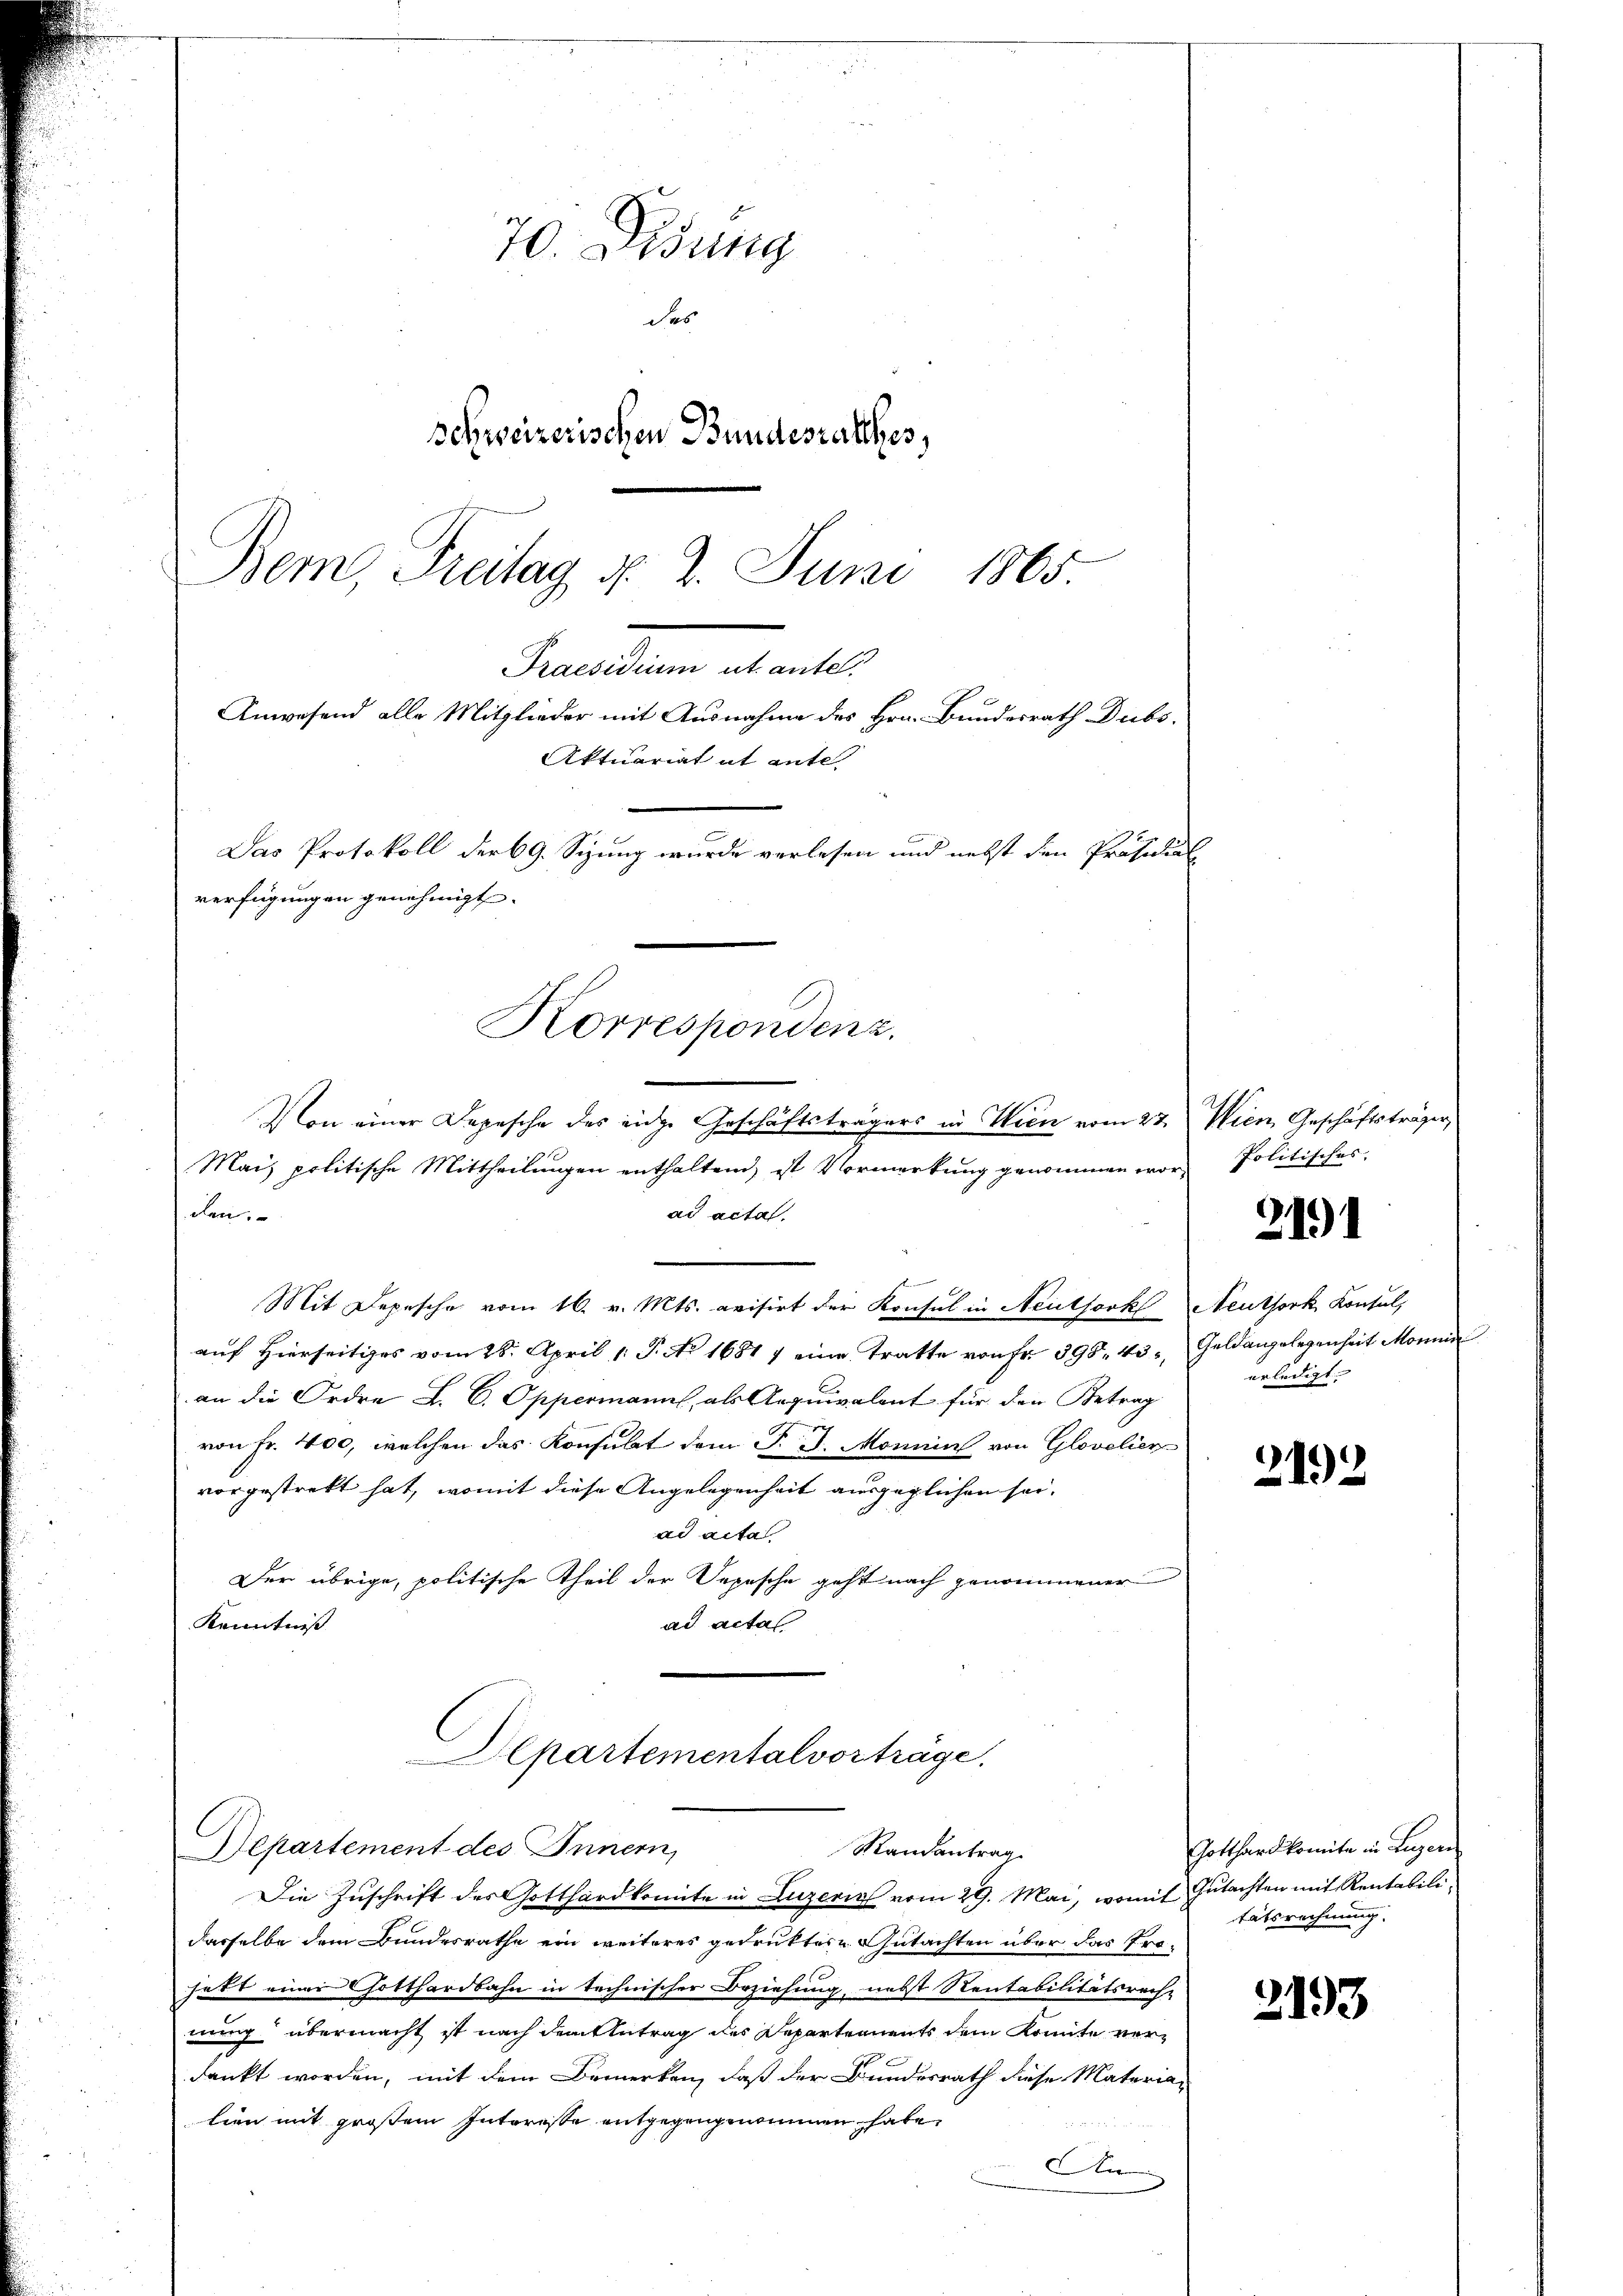
70. Disung
des
schweizerischen Bundesrathes,
Bem, Freitag d. 2. Juni 1865

Prenten ebene
Anwesend alle Mitglieder mit Ausnahme des Hrn. Bundesrath Dubs,
Jas Protokoll der 69. Sizung wurde verlesen und nebst den Präsidial
verfügungen genehmigt.
Korrespondenz.
Von einer Depesche des eidge Geschäftsträgers in Wien vom 27. Wien Geschäftsträger,

Aktuariat ab ante

Mais politische Mittheilungen enthaltend, ist Vormerkung genommen vor, Politisches
ad acta.
den.
Mit Depesche vom 16. v. Mts. evisirt der Konsul in Neutfork Neuthork, Konsul,
auf Hierseitiges vom 28. April 1. P. No 1681 7 eine Tratte von Fr. 395. 43, Geldangelegenheit Monni
an die Ordre L. C. Oppermann, als Aequivalent für den Betrag
von Fr. 400, welchen das Konsulat dem P. J. Monnin von Glovolier
vorgestrekt hat, womit diese Angelegenheit ausgeglichen sei.
ad acta
Der übrige, politische Theil der Depesche geht nach genommener
Kenntniß
ad actal

Alpartementalvorträge.
Departement des Innern,
Mandantrag

Die Zuschrift des Gotthardkomite in Luzern vom 29. Mai, womit Gutachten mit Rentabilidasselbe dem Bundesrathe ein weiteres gedruktes Gutachten über das Prohatt einer Gotthardbahn in technischer Beziehung nebst Rentabilitätsrech-
nung übermacht ist nach dem Antrag des Departements dem Komite verdankt worden, mit dem Bemerken, daß der Bundesrath diese Materialien mit großem Interesse entgegengenommen habe,
An

2191

erledigt

2192

Gotthardkomite in Lugen
tätsrechnung.

2193